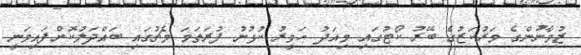
ޒުވާނުންގެ މަރުކަޒުގެ ބޭރު ކޯޓުގައި މިއަދު ހަވީރު ކުޅުނު ފުރަތަމަ މެޗުގައި ބައްދަލުކޮށްފައިވަނީ